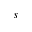
s